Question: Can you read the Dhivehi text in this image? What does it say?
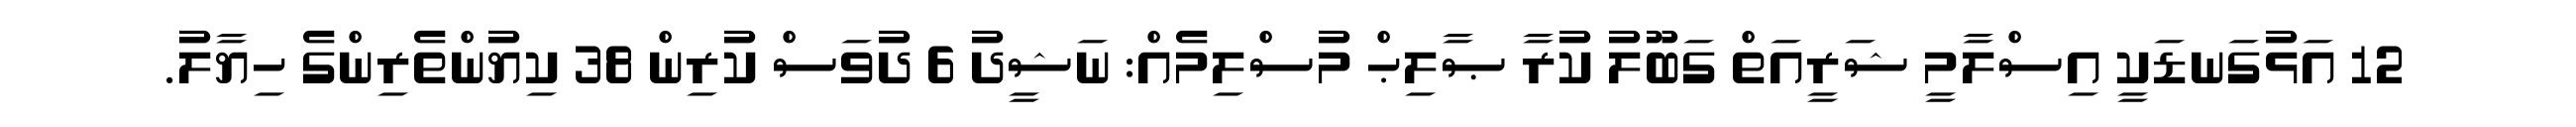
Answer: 12 އަޅުގަނޑަކީ އިސްލާމީ ޝަރީއަތް ގަބޫލު ކުރާ ޞާލިޙް މުސްލިމެއް: ނަޝީދު 6 ދުވަސް ކުރިން 38 ކިޔުންތެރިންގެ ހިޔާލު.